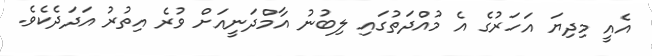
އެއީ މިދިޔަ އަހަރުގެ އެ މުއްދަތުގައި ލިބުނު އާމްދަނީއަށް ވުރެ އިތުރު އަދަދެކެވެ.